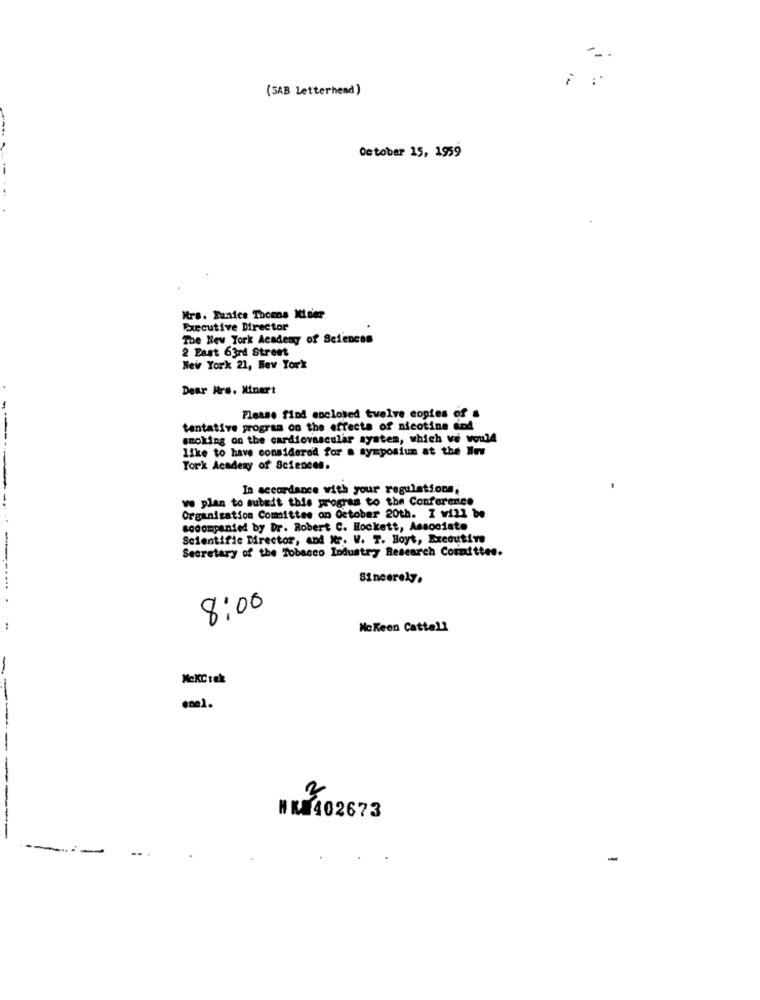
(SAB letterhead)
October 15, 1959
Mrs. Banice Theens Mider
Executive Director
The New York Academy of Sciences
2 East 63rd Street
New York 21, Hev York
Dear Hrs. Xinert
Please find enclosed twelve copies of a
tentative program on the effects of nicotine end
smoking on the cardiovascular system, which ve would
like to have considered for a symposium at the Hev
York Academy of Sciences.
In accordance with your regulations;
ve plan to submit this program to the Conference
Organization Comittes on October 20th. I will be
socompanied by Dr. Robert C. Hockett, Associate
Scientific Director, and Mr. W. T. Hoyt, Executive
Secretary of the Tobacco Industry Research Committee.
Sincerely,
8:00
NcKeen Cattell
MckCiek
enel.
2
NKA402673
-